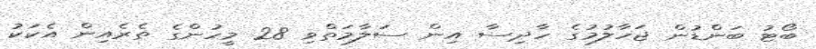
ބޯޓު ބަންޑުން ޖަހާލުމުގެ ހާދިސާ އިން ސަލާމަތްވި 28 މީހުންގެ ތެރެއިން އެކަކު